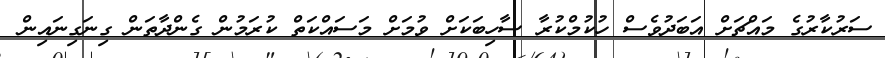
ސަރުކާރުގެ މައްޗަށް އަބަދުވެސް ހުކުމްކުރާ ސާހިބަކަށް ވުމަށް މަސައްކަތް ކުރަމުން ގެންދާތަން ގިނަގިނައިން